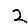
Digit: 2